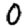
Digit: 0